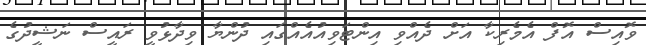
ވޮއިސް އޮފް އެމެރިކާ އަށް ދެއްވި އިންޓަވިއުއެއްގައި ދުންޔާ ވިދާޅުވީ ރައީސް ނަޝީދުގެ